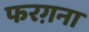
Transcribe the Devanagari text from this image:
फरग़ना